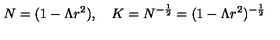
N = ( 1 - \Lambda r ^ { 2 } ) , \quad K = N ^ { - \frac { 1 } { 2 } } = ( 1 - \Lambda r ^ { 2 } ) ^ { - \frac { 1 } { 2 } }